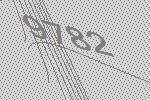
9782